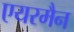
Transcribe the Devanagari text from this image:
एयरमैन